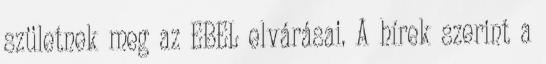
születnek meg az EBEL elvárásai. A hírek szerint a